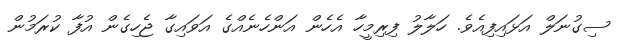
ސިގުނަލް އަޅައިފިއެވެ. ހަލާލު ފިރިމީހާ އެހެން އަންހެނެއްގެ އަވައިގާ ޖެހިގެން އުފާ ކުރަމުން